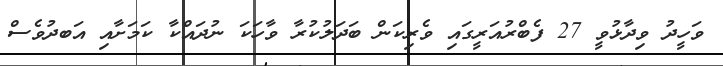
ވަހީދު ވިދާޅުވީ 27 ފެބްރުއަރީގައި ވެރިކަން ބަދަލުކުރާ ވާހަކަ ނުދައްކާ ކަމަށާއި އަބދުވެސް